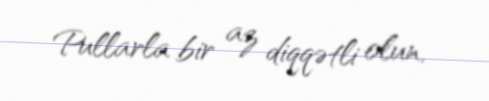
Pullarla bir az diqqətli olun.